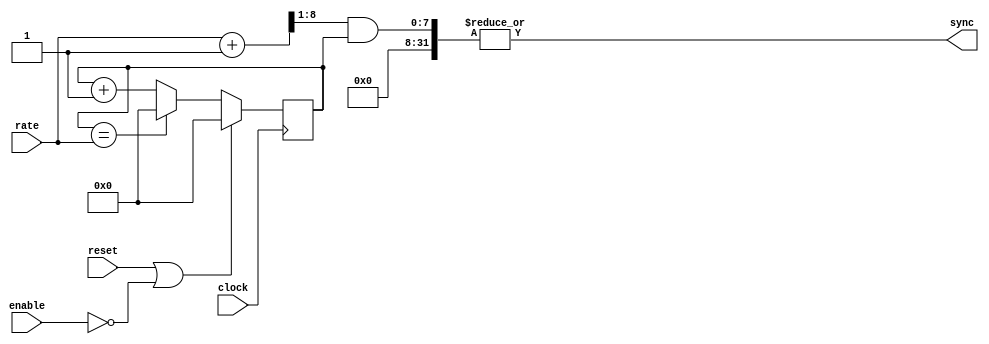
module gen_sync
  ( input clock,
    input reset,
    input enable,
    input [7:0] rate,
    output wire sync );
   
//   parameter width = 8;
   
   reg [7:0] counter;
   assign sync = |(((rate+1)>>1)& counter);
      
   always @(posedge clock)
     if(reset || ~enable)
       counter <= #1 0;
     else if(counter == rate)
       counter <= #1 0;
     else 
       counter <= #1 counter + 8'd1;
   
endmodule